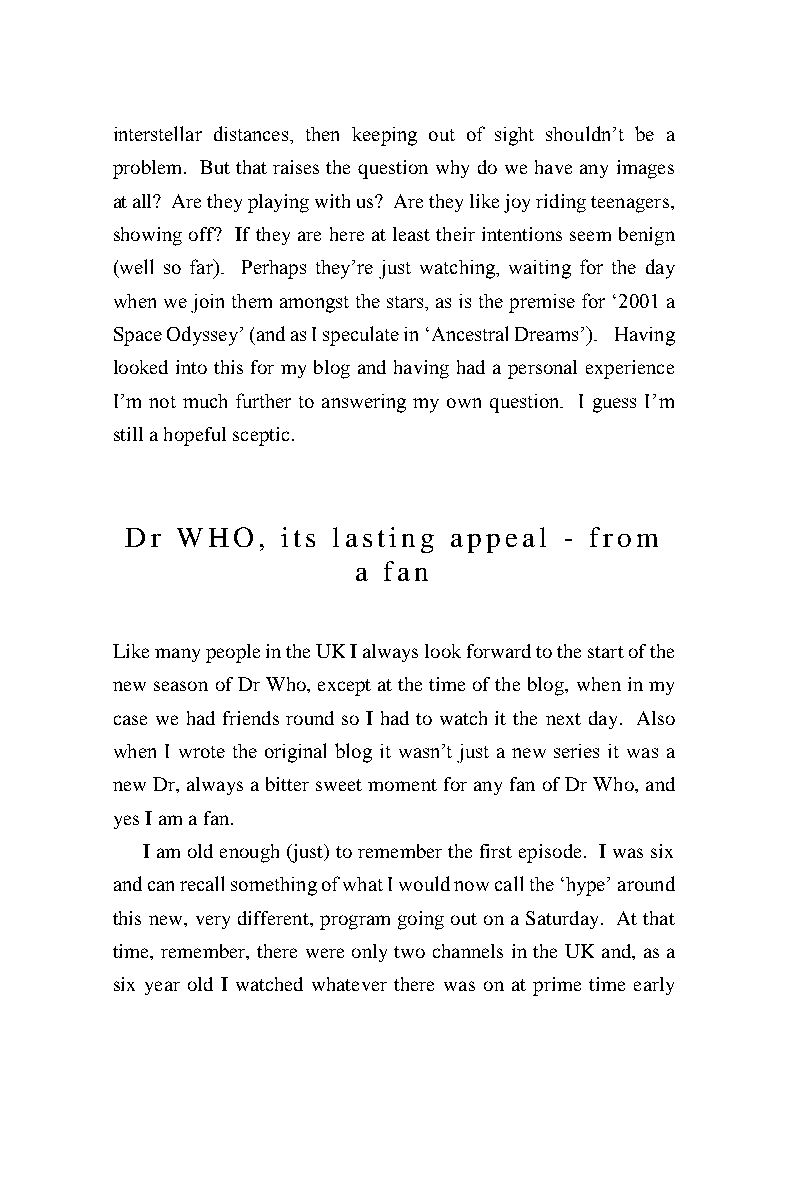
interstellar distances, then keeping out of sight shouldn’t be a
 problem. But that raises the question why do we have any images
 at all? Are they playing with us? Are they like joy riding teenagers,
 showing off? If they are here at least their intentions seem benign
 (well so far). Perhaps they’re just watching, waiting for the day
 when we join them amongst the stars, as is the premise for ‘2001 a
 Space Odyssey’ (and as I speculate in ‘Ancestral Dreams’). Having
 looked into this for my blog and having had a personal experience
 I’m not much further to answering my own question. I guess I’m
 still a hopeful sceptic.
 Dr  WHO,   its lasting appeal - from
 a fan
 Like many people in the UK I always look forward to the start of the
 new season of Dr Who, except at the time of the blog, when in my
 case we had friends round so I had to watch it the next day. Also
 when I wrote the original blog it wasn’t just a new series it was a
 new Dr, always a bitter sweet moment for any fan of Dr Who, and
 yes I am a fan.
 I am old enough (just) to remember the first episode. I was six
 and can recall something of what I would now call the ‘hype’ around
 this new, very different, program going out on a Saturday. At that
 time, remember, there were only two channels in the UK and, as a
 six year old I watched whatever there was on at prime time early